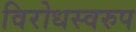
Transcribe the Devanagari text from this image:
विरोधस्वरुप